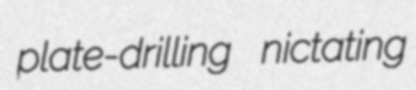
plate-drilling nictating